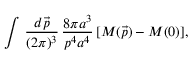
\int \, \frac { d \vec { p } } { ( 2 \pi ) ^ { 3 } } \, \frac { 8 \pi a ^ { 3 } } { p ^ { 4 } a ^ { 4 } } \, [ M ( \vec { p } ) - M ( 0 ) ] ,